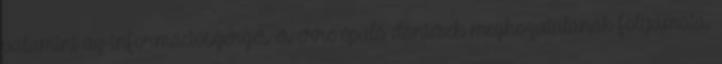
valamint az információszerzés és erre épülő döntések meghozatalának folyamata.